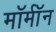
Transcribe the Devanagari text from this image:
मॉर्मॉन